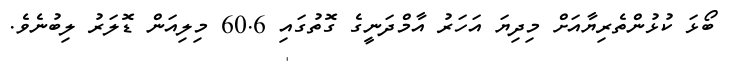
ބޯޅަ ކުޅުންތެރިޔާއަށް މިދިޔަ އަހަރު އާމްދަނީގެ ގޮތުގައި 60.6 މިލިއަން ޑޮލަރު ލިބުނެވެ.